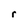
Character: r